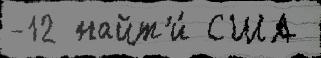
-12 найт'и́ США